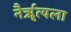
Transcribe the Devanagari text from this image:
नैर्ॠत्यला